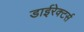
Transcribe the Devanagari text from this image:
डाईरेक्टर्स